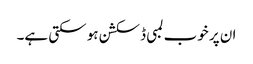
ان پر خوب لمبی ڈسکشن ہو سکتی ہے۔